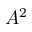
A ^ { 2 }